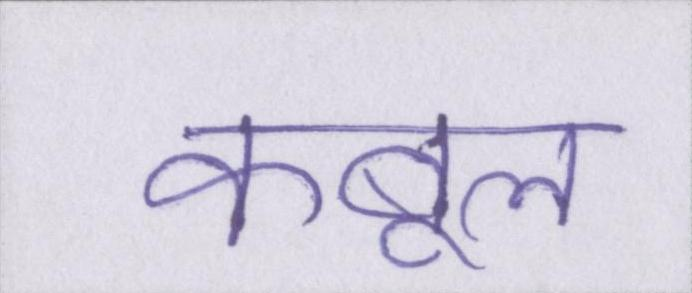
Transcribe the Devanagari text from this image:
कबूल